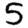
Digit: 5